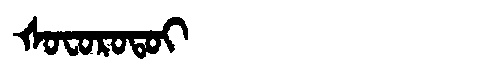
Manchu: ᡧᠣᠸᠣᡵᠣᡨᠣᡳ
Romanization: ŠOFOROTOI